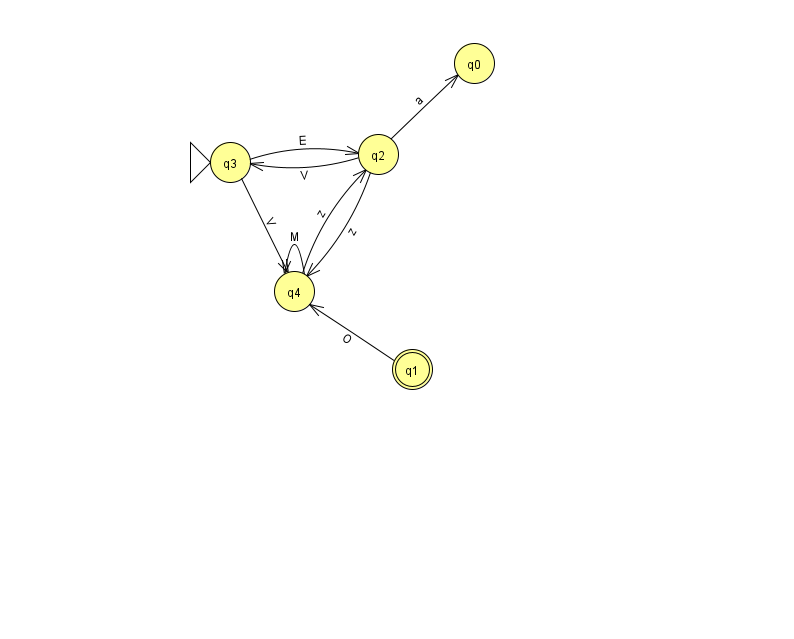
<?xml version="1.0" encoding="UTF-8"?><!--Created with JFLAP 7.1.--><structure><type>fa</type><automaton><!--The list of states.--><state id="0" name="q0"><x>474.0</x><y>50.0</y></state><state id="1" name="q1"><x>412.0</x><y>356.0</y><final/></state><state id="2" name="q2"><x>378.0</x><y>141.0</y></state><state id="3" name="q3"><x>230.0</x><y>149.0</y><initial/></state><state id="4" name="q4"><x>294.0</x><y>278.0</y></state><!--The list of transitions.--><transition><from>2</from><to>0</to><read>a</read></transition><transition><from>2</from><to>3</to><read>V</read></transition><transition><from>2</from><to>4</to><read>z</read></transition><transition><from>4</from><to>2</to><read>z</read></transition><transition><from>3</from><to>2</to><read>E</read></transition><transition><from>1</from><to>4</to><read>O</read></transition><transition><from>3</from><to>4</to><read>V</read></transition><transition><from>4</from><to>4</to><read>M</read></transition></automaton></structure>